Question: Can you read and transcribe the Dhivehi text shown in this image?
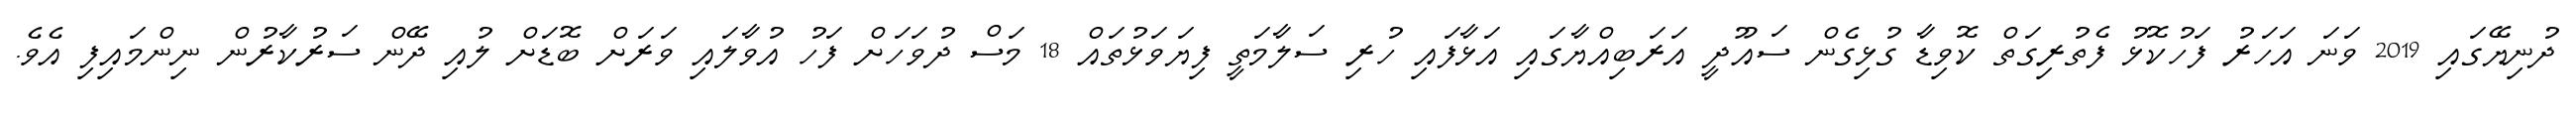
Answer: ދުނިޔޭގައި 2019 ވަނަ އަހަރު ފަހުކޮޅު ފެތުރިގަތް ކޮވިޑާ ގުޅިގެން ސައޫދީ އަރަބިއްޔާގައި އަޅާފައި ހުރި ސަލާމަތީ ފިޔަވަޅުތައް 18 މަސް ދުވަހަށް ފަހު އުވާލައި ވަރަށް ބޮޑަށް ލުއި ދޭން ސަރުކާރުން ނިންމައިފި އެވެ.